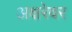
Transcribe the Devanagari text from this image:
अक्षरेवर